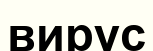
вирус